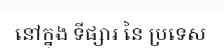
នៅក្នុង ទីផ្សារ នៃ ប្រទេស